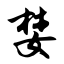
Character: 婪